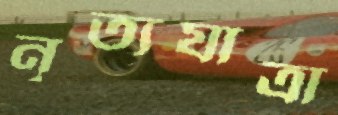
নৃত্যযাত্রা